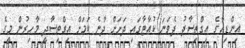
އިންޑިއާގެ އިގްތިސާދު ދެވަނަ ކުއާޓާގައި ދަށަށް ދާނެ ކަމަށް އިގްތިސާދީ މާހިރުން މީގެ